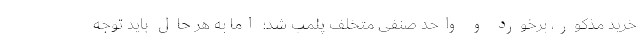
خرید مذکور، برخورد و واحد صنفی متخلف پلمب شد؛ اما به هر حال باید توجه